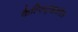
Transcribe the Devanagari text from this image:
कैल्सिट्राइऑल